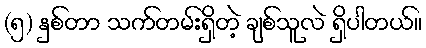
(၅) နှစ်တာ သက်တမ်းရှိတဲ့ ချစ်သူလဲ ရှိပါတယ်။